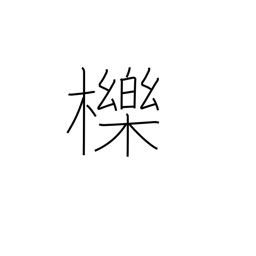
Meaning: oak for charcoal